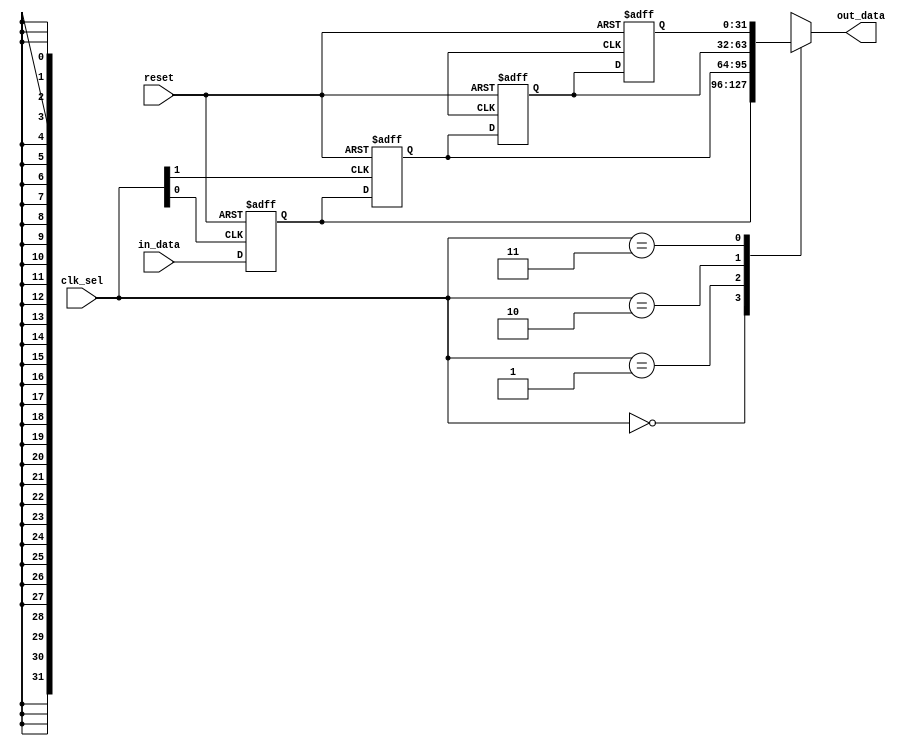
module bypass_register (
    input wire [31:0] in_data,
    input wire [1:0] clk_sel,
    input wire reset,
    output reg [31:0] out_data
);

reg [31:0] reg_0, reg_1, reg_2, reg_3;

always @ (posedge clk_sel[0] or posedge reset)
begin
    if (reset)
        reg_0 <= 32'b0;
    else
        reg_0 <= in_data;
end

always @ (posedge clk_sel[1] or posedge reset)
begin
    if (reset)
        reg_1 <= 32'b0;
    else
        reg_1 <= reg_0;
end

always @ (posedge clk_sel[2] or posedge reset)
begin
    if (reset)
        reg_2 <= 32'b0;
    else
        reg_2 <= reg_1;
end

always @ (posedge clk_sel[3] or posedge reset)
begin
    if (reset)
        reg_3 <= 32'b0;
    else
        reg_3 <= reg_2;
end

always @*
begin
    case(clk_sel)
        2'b00: out_data = reg_0;
        2'b01: out_data = reg_1;
        2'b10: out_data = reg_2;
        2'b11: out_data = reg_3;
    endcase
end

endmodule